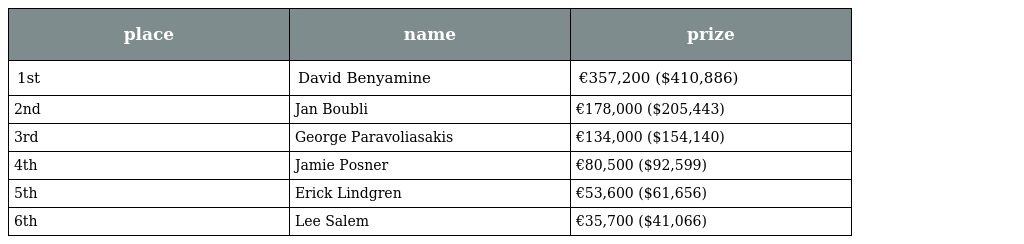
| place | name | prize |
 | --- | --- | --- |
 | 1st | David Benyamine | €357,200 ($410,886) |
 | 2nd | Jan Boubli | €178,000 ($205,443) |
 | 3rd | George Paravoliasakis | €134,000 ($154,140) |
 | 4th | Jamie Posner | €80,500 ($92,599) |
 | 5th | Erick Lindgren | €53,600 ($61,656) |
 | 6th | Lee Salem | €35,700 ($41,066) |